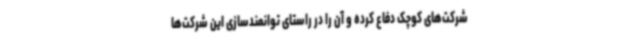
شرکت‌های کوچک دفاع کرده و آن را در راستای توانمندسازی این شرکت‌ها